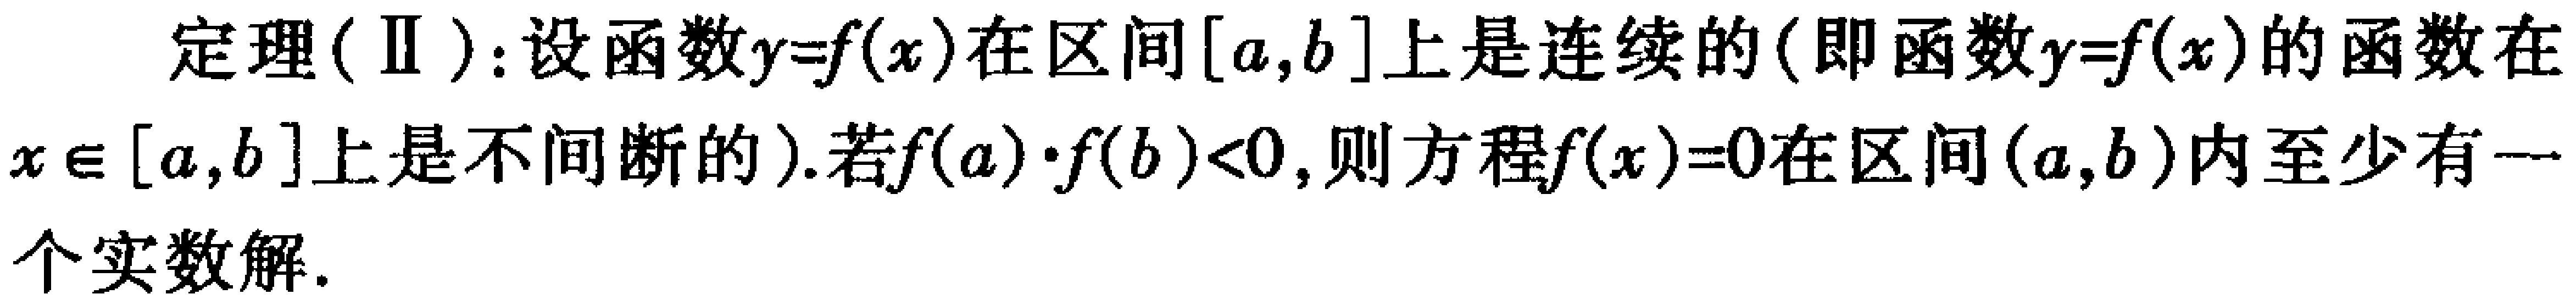
定理(Ⅱ)：设函数\(y = f(x)\)在区间\([a,b]\)上是连续的(即函数\(y = f(x)\)的函数在\(x\in[a,b]\)上是不间断的). 若\(f(a)\cdot f(b)<0\)，则方程\(f(x)=0\)在区间\((a,b)\)内至少有一个实数解.